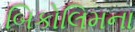
બિકોલિમના